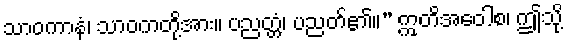
သာဝကာနံ၊ သာဝကတို့အား။ ပညတ္တံ၊ ပညတ်၏။” ဣတိအဝေါစ၊ ဤသို့